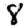
Digit: 8